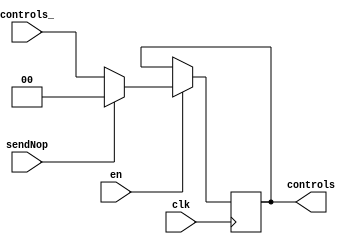
module creg #(parameter WIDTH=2)
             (input clk, en, sendNop,
              input [WIDTH-1:0] controls_,
              output reg [WIDTH-1:0] controls);

always @(posedge clk)
if(en) begin
    if(sendNop) begin
        controls <= { 1'b0, {WIDTH-1{1'b0}} };
    end
    else
        controls <= controls_;    
end

endmodule